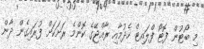
މި ބޯޓުން ފޮޓޯ ފްލައިޓް ހެދުމާއި ރާއްޖޭގެ ކޮންމެ ރަށަކަށް ފުރައިގެން ދާން